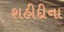
શહીદીના